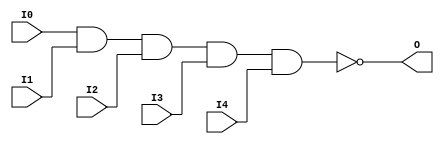
// $Header: /devl/xcs/repo/env/Databases/CAEInterfaces/verunilibs/data/unisims/NAND5.v,v 1.6 2007/05/23 21:43:39 patrickp Exp $
///////////////////////////////////////////////////////////////////////////////
// Copyright (c) 1995/2004 Xilinx, Inc.
// All Right Reserved.
///////////////////////////////////////////////////////////////////////////////
//   ____  ____
//  /   /\/   /
// /___/  \  /    Vendor : Xilinx
// \   \   \/     Version : 10.1
//  \   \         Description : Xilinx Functional Simulation Library Component
//  /   /                  5-input NAND Gate
// /___/   /\     Filename : NAND5.v
// \   \  /  \    Timestamp : Thu Mar 25 16:42:57 PST 2004
//  \___\/\___\
//
// Revision:
//    03/23/04 - Initial version.
//    05/23/07 - Changed timescale to 1 ps / 1 ps.

`timescale  1 ps / 1 ps


module NAND5 (O, I0, I1, I2, I3, I4);

    output O;

    input  I0, I1, I2, I3, I4;

    nand A1 (O, I0, I1, I2, I3, I4);


endmodule